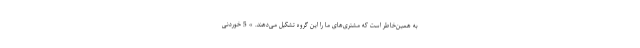
به همین‌خاطر است که مشتری‌های ما را این گروه تشکیل می‌دهند. » 5 خوردنی